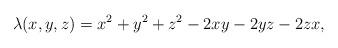
LaTeX: \begin{align*}\lambda(x,y,z)= x^2 + y^2 + z^2 - 2xy - 2yz - 2zx ,\end{align*}